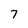
Character: 7